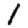
Digit: 1